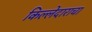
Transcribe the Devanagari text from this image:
किल्लेदाराचा